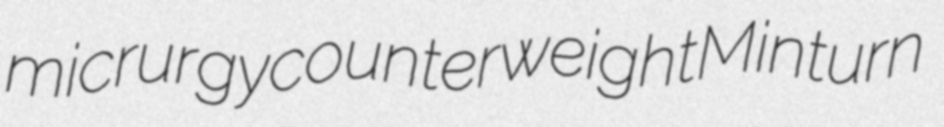
micrurgy counterweight Minturn